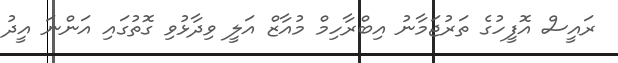
ރައީސް އޮފީހުގެ ތަރުޖަމާނު އިބްރާހިމް މުއާޒް އަލީ ވިދާޅުވި ގޮތުގައި އަންނަ އީދު